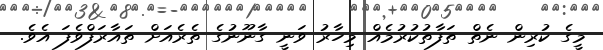
މީގެ ކުރިން ނެތް ތަފާތުކުރުމެއް މިހާރު ވަނީ ގާނޫނުގެ ތެރެއަށް ތައާރަފްވެފަ އެވެ.